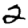
Digit: 2